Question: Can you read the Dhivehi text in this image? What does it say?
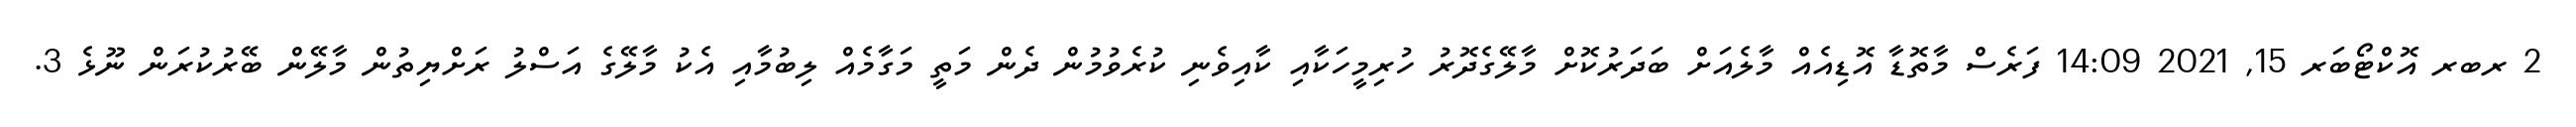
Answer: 2 ރބރ އޮކްޓޯބަރ 15, 2021 14:09 ފަރެސް މާތޮޑާ އޮޑިއެއް މާލެއަށް ބަދަރުކޮށް މާލޭގެދޮރު ހުރިމީހަކާއި ކާއިވެނި ކުރެވުމުން ދެން މަތީ މަގާމެއް ލިބުމާއި އެކު މާލޭގެ އަސްލު ރަށްޔިތުން މާލޭން ބޭރުކުރަން ނޫޅެ 3.